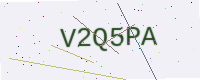
Text: V2Q5PA